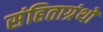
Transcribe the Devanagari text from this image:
संहिताग्रंथों